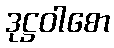
ဒုဋ္ဌဝါစော